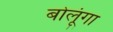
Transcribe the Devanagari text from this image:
बोलूंगा